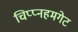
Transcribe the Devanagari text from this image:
चिप्प्नहमगेट